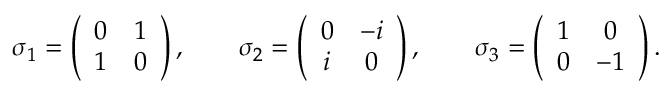
\sigma _ { 1 } = \left( \begin{array} { c c } { 0 } & { 1 } \\ { 1 } & { 0 } \end{array} \right) , \qquad \sigma _ { 2 } = \left( \begin{array} { c c } { 0 } & { - i } \\ { i } & { 0 } \end{array} \right) , \qquad \sigma _ { 3 } = \left( \begin{array} { c c } { 1 } & { 0 } \\ { 0 } & { - 1 } \end{array} \right) .